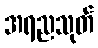
အရညသုတ်